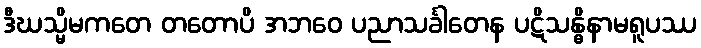
ဒီဃသ္မိမကတေ တတောပိ အဘဝေ ပညာသင်္ခါတေန ပဋိသန္ဓိနာမရူပဿ